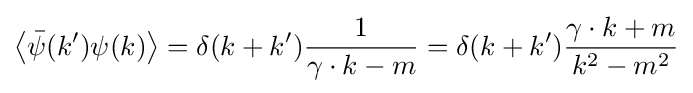
\left\langle {\bar {\psi }}(k')\psi (k)\right\rangle =\delta (k+k'){\frac {1}{\gamma \cdot k-m}}=\delta (k+k'){\frac {\gamma \cdot k+m}{k^{2}-m^{2}}}